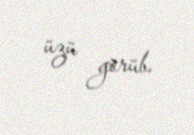
üzü görüb.